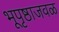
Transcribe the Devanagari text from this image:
भूपृष्ठाजवळ